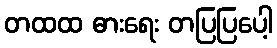
တထထ ဓားရေး တပြပြပေါ့